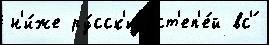
н'и́же ру́сск'их ст'еп'е́й вс'́